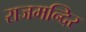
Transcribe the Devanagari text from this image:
राजमन्दिर